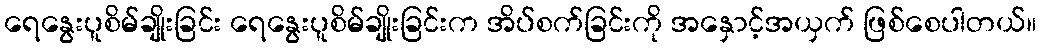
ရေနွေးပူစိမ်ချိုးခြင်း ရေနွေးပူစိမ်ချိုးခြင်းက အိပ်စက်ခြင်းကို အနှောင့်အယှက် ဖြစ်စေပါတယ်။